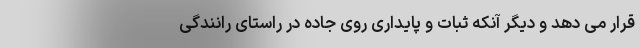
قرار می دهد و دیگر آنکه ثبات و پایداری روی جاده در راستای رانندگی